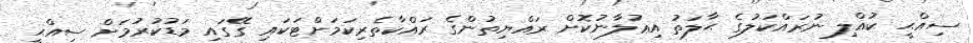
ސިއްޙީ ކުއްލި ނުރައްކަލުގެ ޙާލަތު އިޢުލާނުކޮށް ރައްޔިތުންގެ ރައްކާތެރިކަމަށްޓަކައި ގޭގައި މަޑުކުރުމަށް ސިއްޙީ